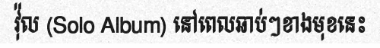
វ៉ុល (Solo Album) នៅពេលឆាប់ៗខាងមុខនេះ